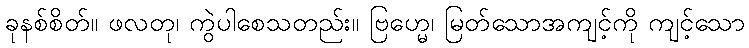
ခုနစ်စိတ်။ ဖလတု၊ ကွဲပါစေသတည်း။ ဗြဟ္မေ၊ မြတ်သောအကျင့်ကို ကျင့်သော